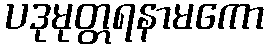
ပဒုမုတ္တရနာမကော